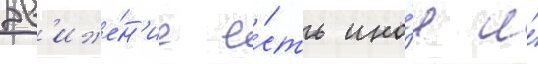
Дв'иже́н'ие е́сть ино́е и́